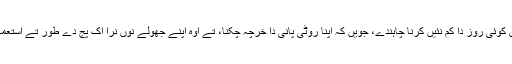
ایہو جئے لوک جدوں کوئی روز دا کم نئیں کرنا چاہندے، جویں کہ اپنا روٹی پانی دا خرچہ چُکنا، تے اوہ اپنے جھولے نوں نرا اک پَجّ دے طور تے استعمال کرنا چاہندے نیں۔